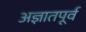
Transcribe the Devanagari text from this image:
अज्ञातपूर्व